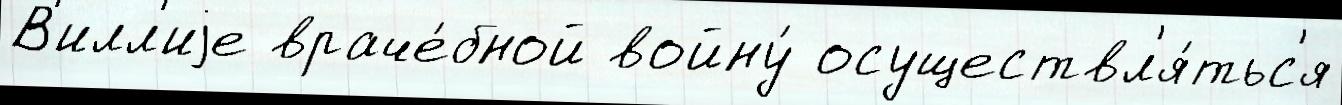
В'илл'иjе враче́бной войну́ осуществл'я́тьс'я